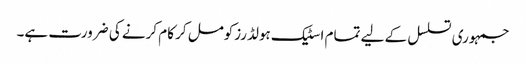
جمہوری تسلسل کے لیے تمام اسٹیک ہولڈرزکومل کر کام کرنے کی ضرورت ہے۔